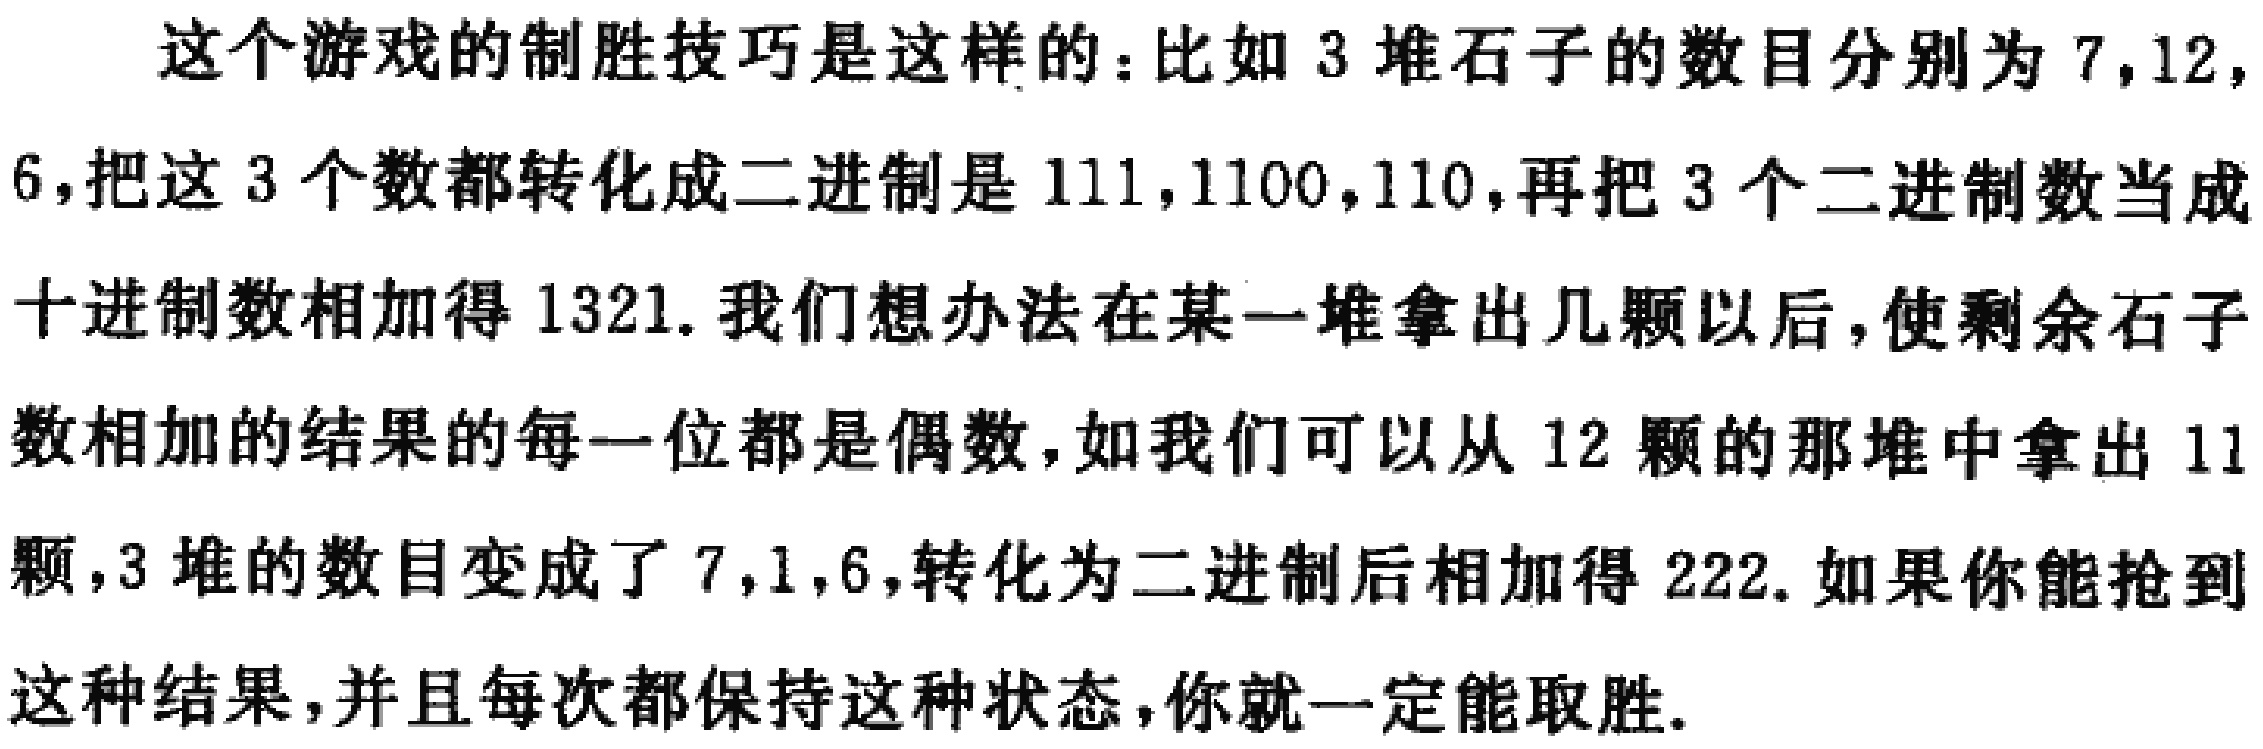
这个游戏的制胜技巧是这样的：比如 3 堆石子的数目分别为 7,12,
6，把这 3 个数都转化成二进制是 111,1100,110，再把 3 个二进制数当成
十进制数相加得 1321. 我们想办法在某一堆拿出几颗以后，使剩余石子
数相加的结果的每一位都是偶数，如我们可以从 12 颗的那堆中拿出 11
颗，3 堆的数目变成了 7,1,6，转化为二进制后相加得 222. 如果你能抢到
这种结果，并且每次都保持这种状态，你就一定能取胜.